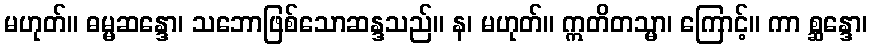
မဟုတ်။ ဓမ္မဆန္ဒော၊ သဘောဖြစ်သောဆန္ဒသည်။ န၊ မဟုတ်။ ဣတိတသ္မာ၊ ကြောင့်။ ကာ စ္ဆန္ဒော၊